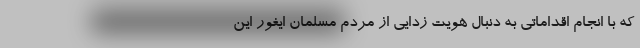
که با انجام اقداماتی به دنبال هویت زدایی از مردم مسلمان ایغور این